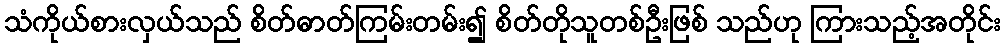
သံကိုယ်စားလှယ်သည် စိတ်ဓာတ်ကြမ်းတမ်း၍ စိတ်တိုသူတစ်ဦးဖြစ် သည်ဟု ကြားသည့်အတိုင်း